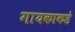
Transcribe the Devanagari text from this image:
गायकाकडे